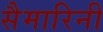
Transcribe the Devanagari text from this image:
सैमारिनी